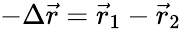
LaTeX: -\Delta\vec{r}=\vec{r}_{1}-\vec{r}_{2}